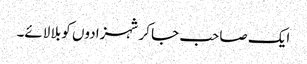
ایک صاحب جا کر شہزادوں کو بلا لائے۔